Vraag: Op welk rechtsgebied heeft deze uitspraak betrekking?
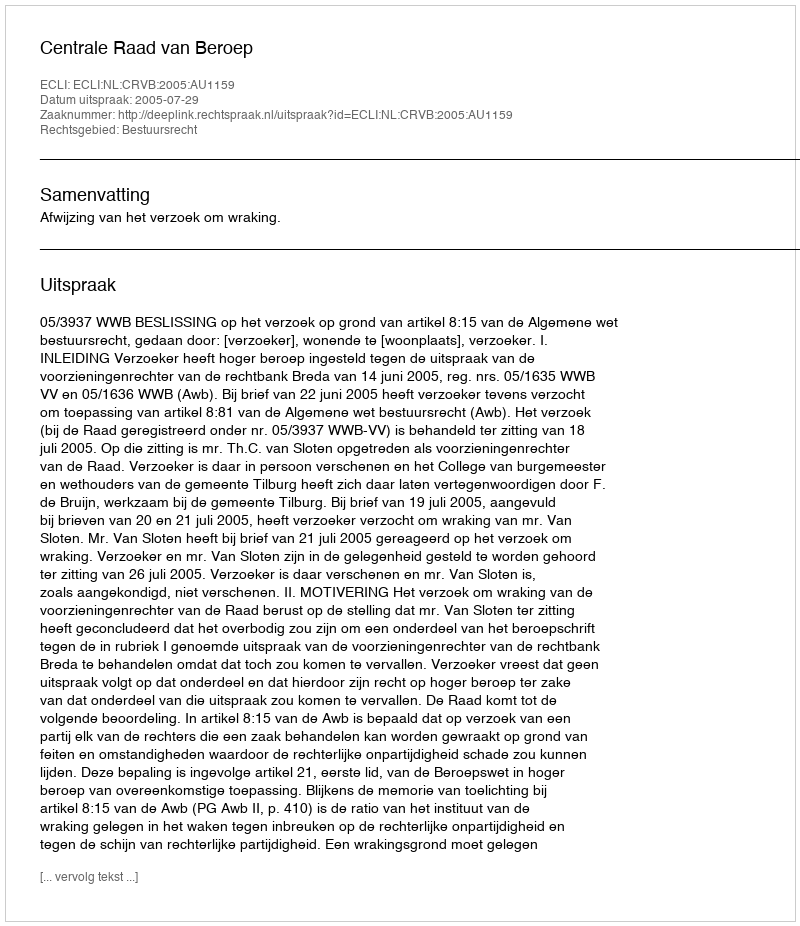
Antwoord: Bestuursrecht